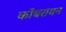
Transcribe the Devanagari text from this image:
कॉबरायन